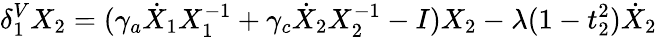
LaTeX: \delta_{1}^{V}X_{2}=(\gamma_{a}\dot{X}_{1}X_{1}^{-1}+\gamma_{c}\dot{X}_{2}X_{2}^{-1}-I)X_{2}-\lambda(1-t_{2}^{2})\dot{X}_{2}